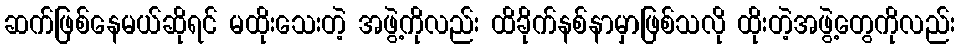
ဆက်ဖြစ်နေမယ်ဆိုရင် မထိုးသေးတဲ့ အဖွဲ့ကိုလည်း ထိခိုက်နစ်နာမှာဖြစ်သလို ထိုးတဲ့အဖွဲ့တွေကိုလည်း